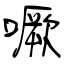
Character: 噘